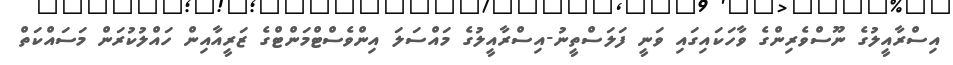
އިސްރާއީލުގެ ނޫސްވެރިންގެ ވާހަކައިގައި ވަނީ ފަލަސްތީނު-އިސްރާއީލުގެ މައްސަލަ އިންވެސްޓްމަންޓްގެ ޒަރީއާއިން ހައްލުކުރަން މަސައްކަތް